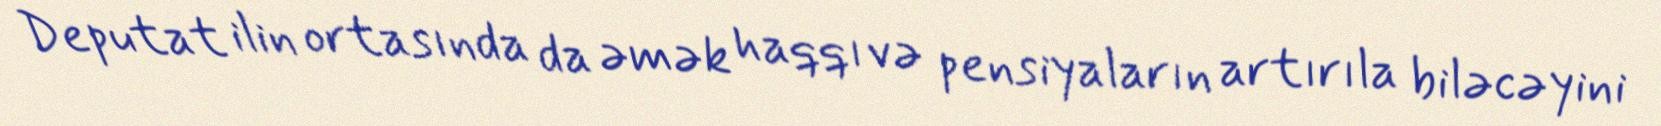
Deputat ilin ortasında da əmək haqqı və pensiyaların artırıla biləcəyini